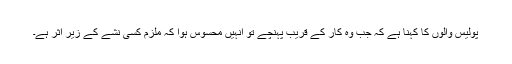
پولیس والوں کا کہنا ہے کہ جب وہ کار کے قریب پہنچے تو انہیں محسوس ہوا کہ ملزم کسی نشے کے زیرِ اثر ہے۔